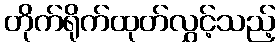
တိုက်ရိုက်ထုတ်လွှင့်သည့်